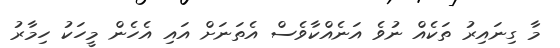
މާ ގިނައިރު ތަކެއް ނުވެ އަނެއްކާވެސް އެތަނަށް އައި އެހެން މީހަކު ހިމާރު